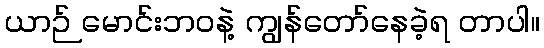
ယာဉ် မောင်းဘဝနဲ့ ကျွန်တော်နေခဲ့ရ တာပါ။